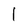
Character: 1